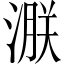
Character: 㴨